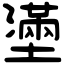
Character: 𡒗